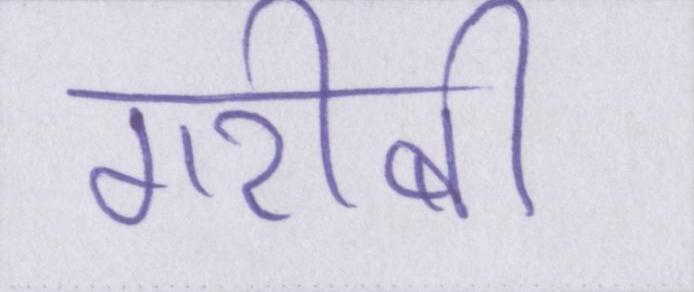
गरीबी